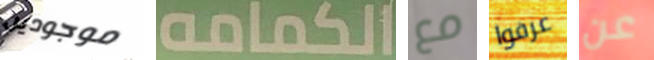
موجودين الكمامه مع عرفوا عن